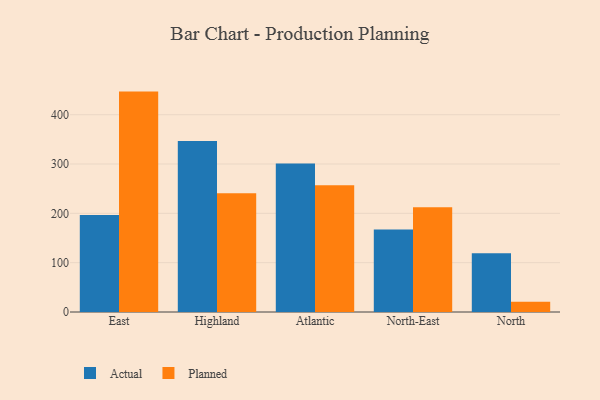
{"axis": {"x": "Region", "y": "Conversion Rate (%)"}, "legend": ["Actual", "Planned"], "data": [{"x": "East", "y": 196.6, "type": "Actual"}, {"x": "East", "y": 446.8, "type": "Planned"}, {"x": "Highland", "y": 346.5, "type": "Actual"}, {"x": "Highland", "y": 240.9, "type": "Planned"}, {"x": "Atlantic", "y": 301.2, "type": "Actual"}, {"x": "Atlantic", "y": 257.0, "type": "Planned"}, {"x": "North-East", "y": 167.2, "type": "Actual"}, {"x": "North-East", "y": 212.1, "type": "Planned"}, {"x": "North", "y": 119.2, "type": "Actual"}, {"x": "North", "y": 20.6, "type": "Planned"}]}